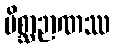
မိစ္ဆာဉာဏဿ